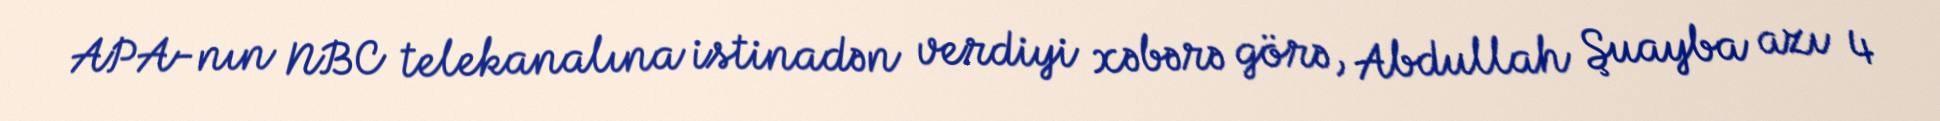
APA-nın NBC telekanalına istinadən verdiyi xəbərə görə, Abdullah Şuayba azı 4